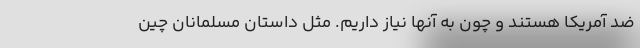
ضد آمریکا هستند و چون به آنها نیاز داریم. مثل داستان مسلمانان چین